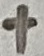
Text: +